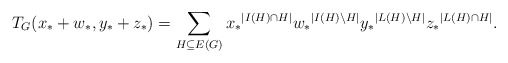
\begin{align*} T_G(x_*+w_*,y_*+z_*) = \sum_{H \subseteq E(G)} {x_*}^{|I(H) \cap H|} {w_*}^{|I(H)\setminus H|} {y_*}^{|L(H) \setminus H|} {z_*}^{|L(H) \cap H|}.\end{align*}